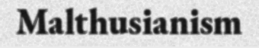
Malthusianism